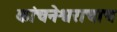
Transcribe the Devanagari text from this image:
कांचनेश्वराचाच